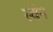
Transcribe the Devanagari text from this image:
स्वेग